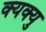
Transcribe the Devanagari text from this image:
क्यक्यु